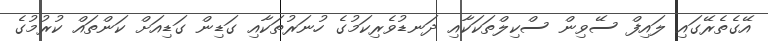
އޭގެތެރޭގައި ލައިފް ސޭވިން ސްކިލްތަކަކާއި ދަނޑުވެރިކަމުގެ ހުނަރުތަކާއި ގަޑިން ގަޑިއަށް ކަންތައް ކުރުމުގެ